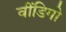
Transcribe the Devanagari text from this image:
वींडिगो